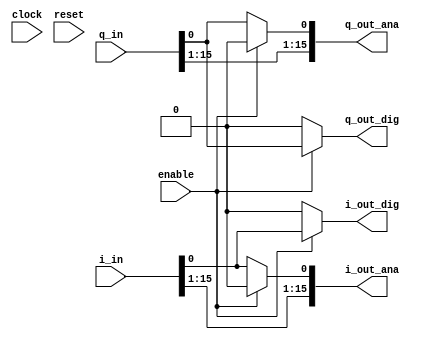
module tx_chain_dig
  (input clock,
   input reset,
   input enable,
   input wire [15:0] i_in,
   input wire [15:0] q_in,
   output wire [15:0] i_out_ana,
   output wire [15:0] q_out_ana,
   output wire i_out_dig,
   output wire q_out_dig
   );

   //assign upper 15 bits to analog processing, discard lowest bit
   //output lower two bits of I and Q  as digital signal (to be output on gpio pins)
   assign i_out_ana = (enable)?{i_in[15:1],1'b0}:i_in;
   assign q_out_ana = (enable)?{q_in[15:1],1'b0}:q_in;
   //wire out_dig   = (enable)?{i_in[0],q_in[0]}:2'b00;
   assign i_out_dig = (enable)?i_in[0]:1'b0;
   assign q_out_dig = (enable)?q_in[0]:1'b0;

endmodule